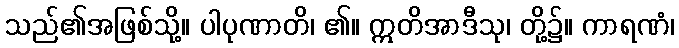
သည်၏အဖြစ်သို့။ ပါပုဏာတိ၊ ၏။ ဣတိအာဒီသု၊ တို့၌။ ကာရဏံ၊